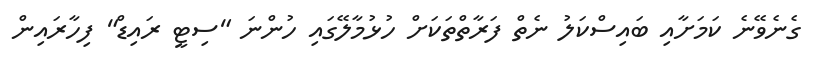
ގެނެވޭނެ ކަމަށާއި ބައިސްކަލު ނެތް ފަރާތްތަކަށް ހުޅުމާލޭގައި ހުންނަ "ސިޓީ ރައިޑް" ފިހާރައިން